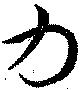
力